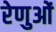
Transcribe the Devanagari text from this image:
रेणुओं